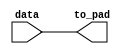
module dram_async_edgelogic(/*AUTOARG*/
   // Outputs
   to_pad, 
   // Inputs
   data
   );

//////////////////////////////////////////////////////////////////////////
// INPUTS
//////////////////////////////////////////////////////////////////////////
input			data;

//////////////////////////////////////////////////////////////////////////
// OUTPUTS
//////////////////////////////////////////////////////////////////////////
output			to_pad;

//////////////////////////////////////////////////////////////////////////
// CODE
//////////////////////////////////////////////////////////////////////////


wire n0 = data;

assign to_pad  = n0;

endmodule